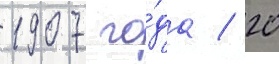
1907 го́да / 20